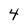
Character: 4